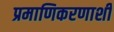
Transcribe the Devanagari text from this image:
प्रमाणिकरणाशी